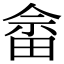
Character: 畲